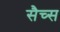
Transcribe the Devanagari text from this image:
सैच्‍स